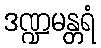
ဒဏ္ဍမန္တရံ